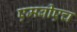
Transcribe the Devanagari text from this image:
एमबीएच